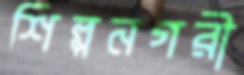
শিল্পনগরী